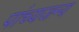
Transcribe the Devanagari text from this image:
पांच्यजन्य